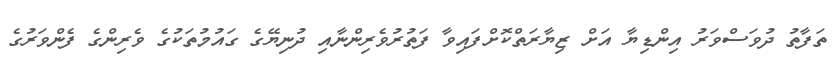
ތަފާތު ދުވަސްވަރު އިންޑިޔާ އަށް ޒިޔާރަތްކޮށްފައިވާ ފަތުރުވެރިންނާއި ދުނިޔޭގެ ގައުމުތަކުގެ ވެރިންގެ ފެންވަރުގެ